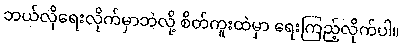
ဘယ်လိုရေးလိုက်မှာဘဲလို့ စိတ်ကူးထဲမှာ ရေးကြည့်လိုက်ပါ။